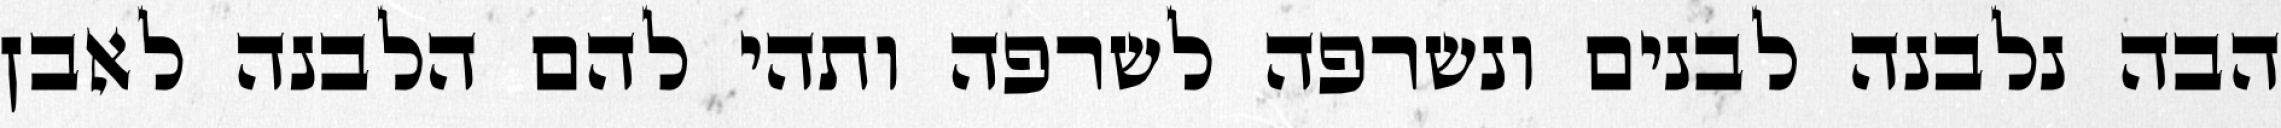
הבה נלבנה לבנים ונשרפה לשרפה ותהי להם הלבנה לאבן